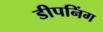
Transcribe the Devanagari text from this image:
डीपनिंग